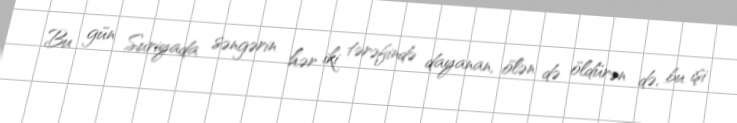
Bu gün Suriyada səngərin hər iki tərəfində dayanan, ölən də öldürən də, bu işi